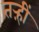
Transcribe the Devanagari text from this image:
तऱ्हीं